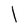
Character: l